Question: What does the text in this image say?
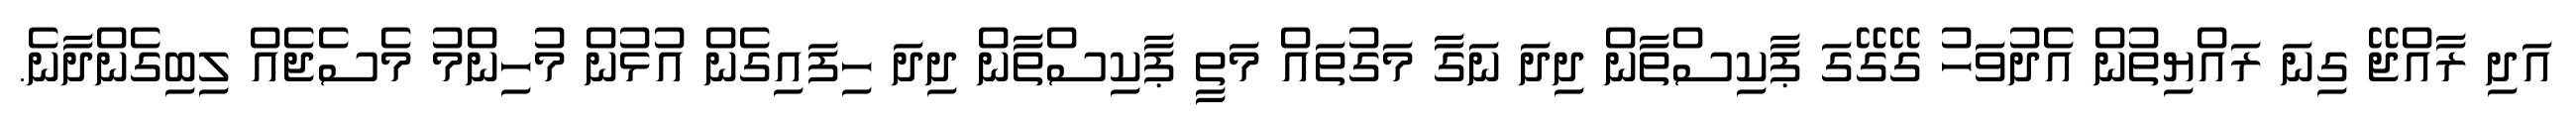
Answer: އަދި ރާއްޖޭ ގިނަ ރައްޔިތުން އެދުވަހު ގޭގޭގަ ޕާކިސްތާން ދިދަ ނަގާ މަގުތައް މަތީ ޕާކިސްތާން ދިދަ ހިފައިގެން އުޅުން މުހިންމު މެސެޖެއް ލިބިގެންދާނެ.